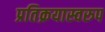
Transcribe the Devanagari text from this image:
प्रतिक्रयास्वरुप